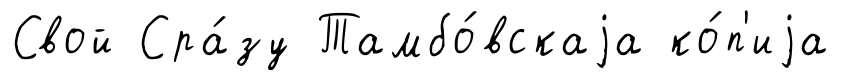
Свой Сра́зу Тамбо́вскаjа ко́п'иjа